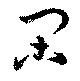
閑